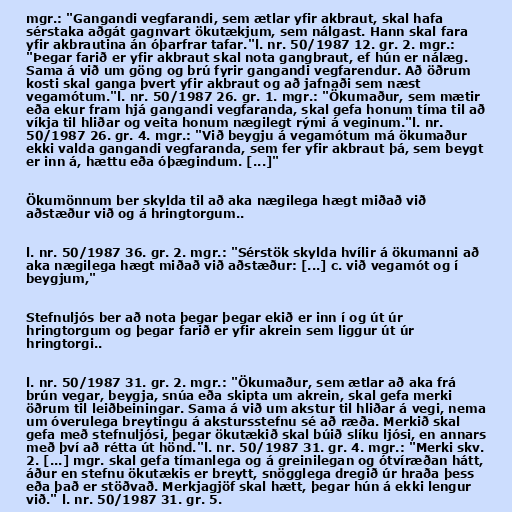
mgr.: "Gangandi vegfarandi, sem ætlar yfir akbraut, skal hafa
sérstaka aðgát gagnvart ökutækjum, sem nálgast. Hann skal fara
yfir akbrautina án óþarfrar tafar."l. nr. 50/1987 12. gr. 2. mgr.:
"Þegar farið er yfir akbraut skal nota gangbraut, ef hún er nálæg.
Sama á við um göng og brú fyrir gangandi vegfarendur. Að öðrum
kosti skal ganga þvert yfir akbraut og að jafnaði sem næst
vegamótum."l. nr. 50/1987 26. gr. 1. mgr.: "Ökumaður, sem mætir
eða ekur fram hjá gangandi vegfaranda, skal gefa honum tíma til að
víkja til hliðar og veita honum nægilegt rými á veginum."l. nr.
50/1987 26. gr. 4. mgr.: "Við beygju á vegamótum má ökumaður
ekki valda gangandi vegfaranda, sem fer yfir akbraut þá, sem beygt
er inn á, hættu eða óþægindum. [...]"

Ökumönnum ber skylda til að aka nægilega hægt miðað við
aðstæður við og á hringtorgum..

l. nr. 50/1987 36. gr. 2. mgr.: "Sérstök skylda hvílir á ökumanni að
aka nægilega hægt miðað við aðstæður: [...] c. við vegamót og í
beygjum,"

Stefnuljós ber að nota þegar þegar ekið er inn í og út úr
hringtorgum og þegar farið er yfir akrein sem liggur út úr
hringtorgi..

l. nr. 50/1987 31. gr. 2. mgr.: "Ökumaður, sem ætlar að aka frá
brún vegar, beygja, snúa eða skipta um akrein, skal gefa merki
öðrum til leiðbeiningar. Sama á við um akstur til hliðar á vegi, nema
um óverulega breytingu á akstursstefnu sé að ræða. Merkið skal
gefa með stefnuljósi, þegar ökutækið skal búið slíku ljósi, en annars
með því að rétta út hönd."l. nr. 50/1987 31. gr. 4. mgr.: "Merki skv.
2. [...] mgr. skal gefa tímanlega og á greinilegan og ótvíræðan hátt,
áður en stefnu ökutækis er breytt, snögglega dregið úr hraða þess
eða það er stöðvað. Merkjagjöf skal hætt, þegar hún á ekki lengur
við." l. nr. 50/1987 31. gr. 5.